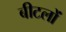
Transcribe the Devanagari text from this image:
बीटलों